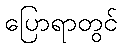
ပြောရာတွင်